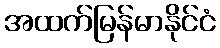
အထက်မြန်မာနိုင်ငံ